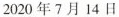
2020年7月14日